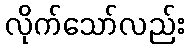
လိုက်သော်လည်း